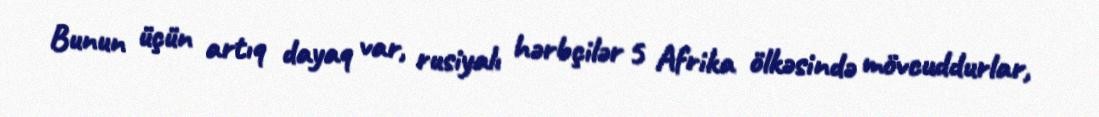
Bunun üçün artıq dayaq var, rusiyalı hərbçilər 5 Afrika ölkəsində mövcuddurlar,